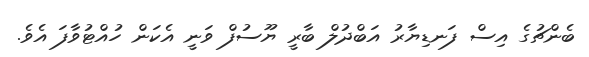
ބެންޗުގެ އިސް ފަނޑިޔާރު އަބްދުލް ބާރީ ޔޫސުފް ވަނީ އެކަން ހުއްޓުވާފަ އެވެ.